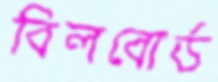
বিলবোর্ড